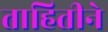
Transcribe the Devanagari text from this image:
ताहितीने